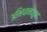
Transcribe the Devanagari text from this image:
अभिधानातून